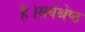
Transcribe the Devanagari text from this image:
है।सर्वश्रेष्ठ